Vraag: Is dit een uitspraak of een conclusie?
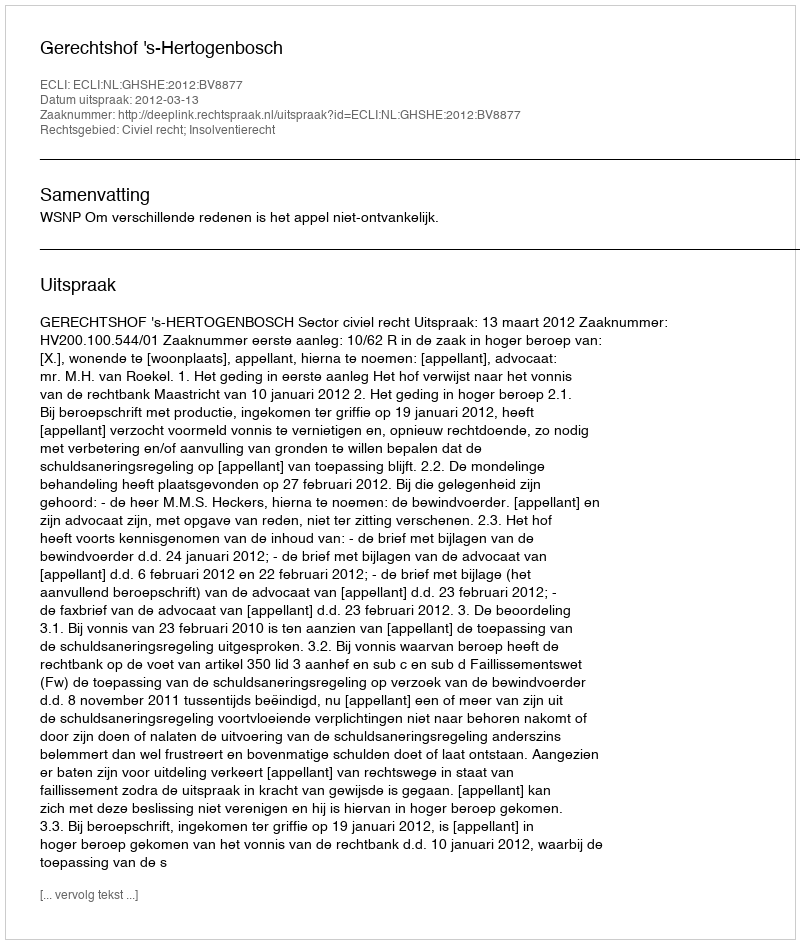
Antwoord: Uitspraak